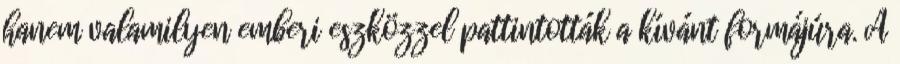
hanem valamilyen emberi eszközzel pattintották a kívánt formájúra. A